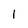
Character: 1